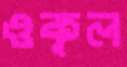
ওকূল